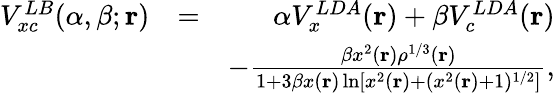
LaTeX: \begin{array}{rlr}{V_{xc}^{LB}(\alpha,\beta;{\mathbf r})}&{=}&{\alpha V_{x}^{LDA}({\mathbf r})+\beta V_{c}^{LDA}({\mathbf r})}\\ &{}&{-\frac{\beta x^{2}({\mathbf r})\rho^{1/3}({\mathbf r})}{1+3\beta x({\mathbf r})\ln[x^{2}({\mathbf r})+(x^{2}({\mathbf r})+1)^{1/2}]},}\end{array}